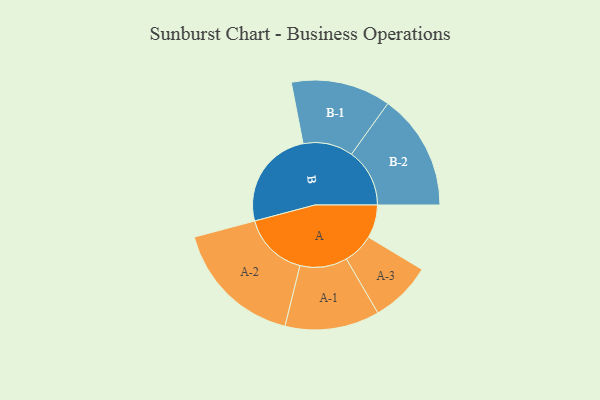
{"axis": {"x": "Segment", "y": "Value"}, "legend": ["", "A", "B"], "data": [{"x": "A", "y": 149, "type": ""}, {"x": "B", "y": 451, "type": ""}, {"x": "A-1", "y": 212, "type": "A"}, {"x": "A-2", "y": 294, "type": "A"}, {"x": "A-3", "y": 138, "type": "A"}, {"x": "B-1", "y": 224, "type": "B"}, {"x": "B-2", "y": 261, "type": "B"}]}